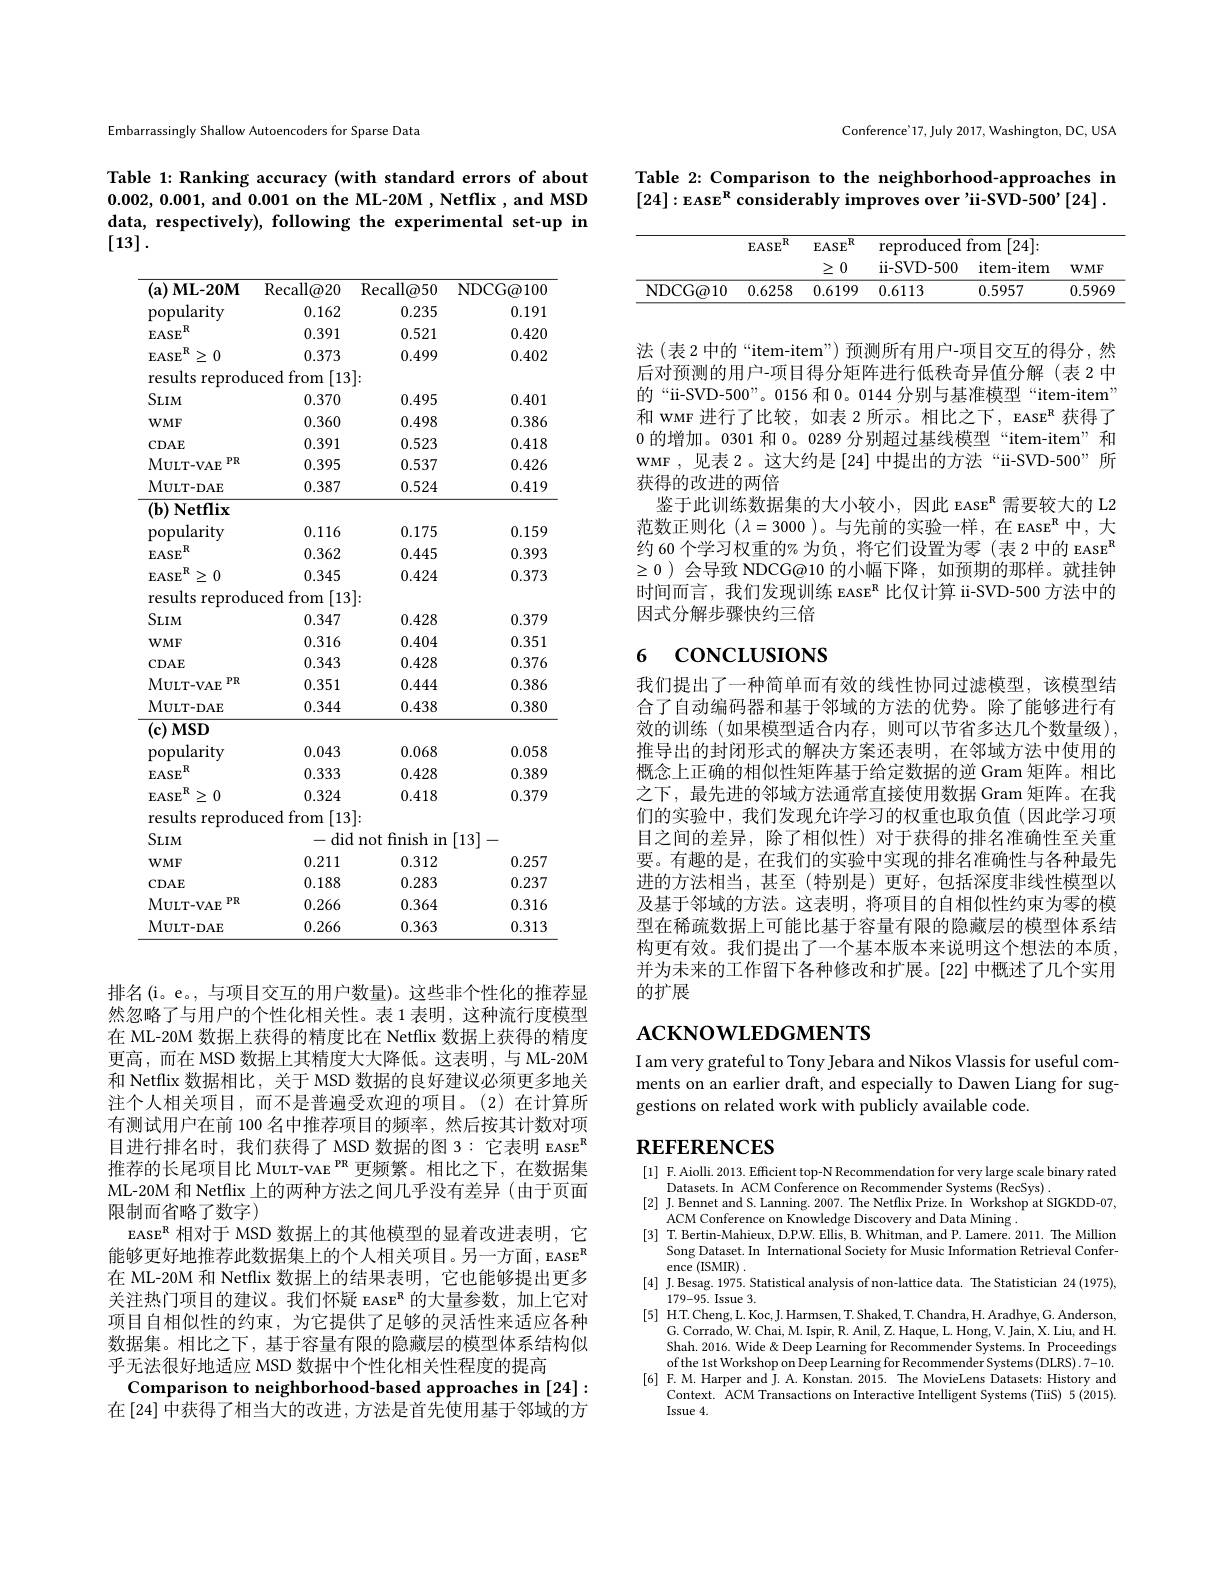
Embarrassingly Shallow Autoencoders for Sparse Data

Table 1: Ranking accuracy (with standard errors of about 0.002,0.001, and 0.001 on the ML-20M , Netflix , and MSD data, respectively), following the experimental set-up in [13].

<table>
	<tbody>
		<tr>
			<th>$( \mathbf{a} )$ $\Gamma$ $\mathbf{ML-20M}$</th>
			<th>$\operatorname{Recall@20}$</th>
			<th>$\operatorname{Recall@50}$</th>
			<th>NDCG@ 100</th>
		</tr>
		<tr>
			<td>popularity</td>
			<td>0.162</td>
			<td>0.235</td>
			<td>0.191</td>
		</tr>
		<tr>
			<td>$.\mathbf{R}$ $EASE$</td>
			<td>0.391</td>
			<td>0.521</td>
			<td>0.420</td>
		</tr>
		<tr>
			<td>$,\mathbf{R}$ $\geq0$ $EASE$</td>
			<td>0.373</td>
			<td>0.499</td>
			<td>0.402</td>
		</tr>
		<tr>
			<td>results s reprod</td>
			<td>from [13 uced</td>
			<td> </td>
			<td> </td>
		</tr>
		<tr>
			<td>$SLIM$</td>
			<td>0.370</td>
			<td>0.495</td>
			<td>0.401</td>
		</tr>
		<tr>
			<td>$WMF$</td>
			<td>0.360</td>
			<td>0.498</td>
			<td>0.386</td>
		</tr>
		<tr>
			<td>CDAE</td>
			<td>0.391</td>
			<td>0.523</td>
			<td>0.418</td>
		</tr>
		<tr>
			<td>$PR$ MULT- VAE</td>
			<td>0.395</td>
			<td>0.537</td>
			<td>0.426</td>
		</tr>
		<tr>
			<td>MULT- DAE</td>
			<td>0.387</td>
			<td>0.524</td>
			<td>0.419</td>
		</tr>
		<tr>
			<td>$(\mathbf{b})$ $\mathbf{Netflix}$ 1</td>
			<td> </td>
			<td> </td>
			<td> </td>
		</tr>
		<tr>
			<td>popularity</td>
			<td>0.116</td>
			<td>0.175</td>
			<td>0.159</td>
		</tr>
		<tr>
			<td>$\mathrm{EASE}^{n}$</td>
			<td>0.362</td>
			<td>0.445</td>
			<td>0.393</td>
		</tr>
		<tr>
			<td>$\geq0$ $\mathrm{EASE}^{n}$</td>
			<td>0.345</td>
			<td>0.424</td>
			<td>0.373</td>
		</tr>
		<tr>
			<td>results s reprod</td>
			<td>from [13 uced</td>
			<td> </td>
			<td> </td>
		</tr>
		<tr>
			<td>$SLIM$</td>
			<td>0.347</td>
			<td>0.428</td>
			<td>0.379</td>
		</tr>
		<tr>
			<td>$\partial LIM$</td>
			<td>0.04/</td>
			<td>$0.4L0$</td>
			<td>117 11</td>
		</tr>
		<tr>
			<td>$WMF$</td>
			<td>0.316</td>
			<td>0.404</td>
			<td>0.351</td>
		</tr>
		<tr>
			<td>CDAE</td>
			<td>0.343</td>
			<td>0.428</td>
			<td>0.376</td>
		</tr>
		<tr>
			<td>MULT- VAE $PR$</td>
			<td>0.351</td>
			<td>0.444</td>
			<td>0.386</td>
		</tr>
		<tr>
			<td>MULT- DAE</td>
			<td>0.344</td>
			<td>0.438</td>
			<td>0.380</td>
		</tr>
		<tr>
			<td>$(\mathbf{c})$ $MSD$</td>
			<td> </td>
			<td> </td>
			<td> </td>
		</tr>
		<tr>
			<td>popularity</td>
			<td>0.043</td>
			<td>0.068</td>
			<td>0.058</td>
		</tr>
		<tr>
			<td>$.\mathbf{R}$ $\mathbf{EASE}$</td>
			<td>0.333</td>
			<td>0.428</td>
			<td>0.389</td>
		</tr>
		<tr>
			<td>$\mathrm{EASE}^{n}$ $\geq0$</td>
			<td>0.324</td>
			<td>0.418</td>
			<td>0.379</td>
		</tr>
		<tr>
			<td>results s reprod</td>
			<td>from [13 uced</td>
			<td> </td>
			<td> </td>
		</tr>
		<tr>
			<td>$SLIM$</td>
			<td>did -</td>
			<td>finish not in</td>
			<td>[13] 一</td>
		</tr>
		<tr>
			<td>$WMF$</td>
			<td>0.211</td>
			<td>0.312</td>
			<td>0.257</td>
		</tr>
		<tr>
			<td>CDAE</td>
			<td>0.188</td>
			<td>0.283</td>
			<td>0.237</td>
		</tr>
		<tr>
			<td>MULT- VAE $PR$</td>
			<td>0.266</td>
			<td>0.364</td>
			<td>0.316</td>
		</tr>
		<tr>
			<td>MULT- DAE</td>
			<td>0.266</td>
			<td>0.363</td>
			<td>0.313</td>
		</tr>
	</tbody>
</table>

排名(i。e。, 与项目交互的用户数量)。这些非个性化的推荐显然忽略了与用户的个性化相关性。表 1 表明，这种流行度模型在 ML-20M 数据上获得的精度比在 Netflix 数据上获得的精度更高，而在 MSD 数据上其精度大大降低。这表明，与 ML-20M 和 Netflix 数据相比，关于 MSD 数据的良好建议必须更多地关注个人相关项目，而不是普遍受欢迎的项目。(2)在计算所有测试用户在前 100 名中推荐项目的频率，然后按其计数对项目进行排名时，我们获得了 MSD 数据的图 3: 它表明 EASE$^{\mathrm{R}}$ 推荐的长尾项目比 MULT-VAE $^\mathrm{PR}$更频繁。相比之下，在数据集ML-20M 和 Netflix 上的两种方法之间几乎没有差异 (由于页面限制而省略了数字)
EASE$^{\mathrm{R}}$相对于 MSD 数据上的其他模型的显着改进表明，它能够更好地推荐此数据集上的个人相关项目。另一方面，EASE$^{\mathrm{R}}$ 在 ML-20M 和 Netflix 数据上的结果表明，它也能够提出更多关注热门项目的建议。我们怀疑 EASE$^{\mathrm{R}}$的大量参数，加上它对项目自相似性的约束，为它提供了足够的灵活性来适应各种数据集。相比之下，基于容量有限的隐藏层的模型体系结构似乎无法很好地适应 MSD 数据中个性化相关性程度的提高
Comparison to neighborhood-based approaches in [24]: 在$\left[24\right]$中获得了相当大的改进，方法是首先使用基于邻域的方

Conference'17, July 2017, Washington, DC, USA

Table 2: Comparison to the neighborhood-approaches in [24]:EASE$^\text{R considerably improves over 'ii-SVD-500'[24]}.$

<table>
	<tbody>
		<tr>
			<th> </th>
			<th rowspan="2">$.\mathbf{R}$ $EASE$</th>
			<th rowspan="2">$EASE^{R}$ 0 $\geq$ 1</th>
			<th>reproduced</th>
			<th>from [24]:</th>
			<th> </th>
		</tr>
		<tr>
			<th> </th>
			<th>ii- SVD- 500</th>
			<th>item- item</th>
			<th>$WMF$</th>
		</tr>
		<tr>
			<td>NDCG@ 10</td>
			<td>0.6258</td>
			<td>0.6199</td>
			<td>0.6113</td>
			<td>0.5957</td>
			<td>0.5969</td>
		</tr>
	</tbody>
</table>

法(表 2 中的“item-item”) 预测所有用户-项目交互的得分，然后对预测的用户-项目得分矩阵进行低秩奇异值分解(表 2 中的“ii-SVD-500”。0156 和0。0144 分别与基准模型“item-item” 和 wMF 进行了比较，如表 2 所示。相比之下，EASE$^\mathrm{R}$获得了0 的增加。0301 和0。0289 分别超过基线模型“item-item”和WMF ,见表 2。这大约是 [24] 中提出的方法“ii-SVD-500”所获得的改进的两倍
鉴于此训练数据集的大小较小，因此 EASE$^{\mathrm{R}}$需要较大的 L2范数正则化$(\lambda=3000$ )。与先前的实验一样，在 EASE$^\mathrm{R}$中，大约 60 个学习权重的% 为负，将它们设置为零 (表 2 中的 EASE$^{\mathrm{R}}$ $\geq0$ )会导致 NDCG@10 的小幅下降，如预期的那样。就挂钟时间而言，我们发现训练 EAsE$^{\mathrm{R}}$比仅计算 ii-SVD-500 方法中的因式分解步骤快约三倍

# 6 concLusıons

我们提出了一种简单而有效的线性协同过滤模型，该模型结合了自动编码器和基于邻域的方法的优势。除了能够进行有效的训练(如果模型适合内存，则可以节省多达几个数量级), 推导出的封闭形式的解决方案还表明，在邻域方法中使用的概念上正确的相似性矩阵基于给定数据的逆 Gram 矩阵。相比之下，最先进的邻域方法通常直接使用数据 Gram 矩阵。在我们的实验中，我们发现允许学习的权重也取负值(因此学习项目之间的差异，除了相似性)对于获得的排名准确性至关重要。有趣的是，在我们的实验中实现的排名准确性与各种最先进的方法相当，甚至(特别是)更好，包括深度非线性模型以及基于邻域的方法。这表明，将项目的自相似性约束为零的模型在稀疏数据上可能比基于容量有限的隐藏层的模型体系结构更有效。我们提出了一个基本版本来说明这个想法的本质， 并为未来的工作留下各种修改和扩展。[22] 中概述了几个实用的扩展

# $\textbf{ACKNOWLEDGMENTS}$

I am very grateful to Tony Jebara and Nikos Vlassis for useful comments on an earlier draft, and especially to Dawen Liang for suggestions on related work with publicly available code.

# $\textbf{REFERENCES}$

[1] F. Aiolli. 2013. Efficient top-N Recommendation for very large scale binary rated Datasets. In ACM Conference on Recommender Systems ( RecSys) . [2]J. Bennet and S. Lanning. 2007. The Netflix Prize. In Workshop at SIGKDD- 07,
ACM Conference on Knowledge Discovery and Data Mining .
[3] T. Bertin-Mahieux, D.P.W. Ellis, B. Whitman, and P. Lamere. 2011. The Million
Song Dataset. In International Society for Music Information Retrieval Confer-
ence (ISMIR)
[4] J.Besag. 1975. Statistical analysis of non-lattice data. The Statistician 24 (1975),
179-95. Issue 3.
[5] H.T.Cheng,L.Koc,J.Harmsen,T.Shaked,T.Chandra,H.Aradhye,G.Anderson,
G. Corrado, W. Chai, M. Ispir, R. Anil, Z. Haque, L. Hong, V. Jain, X. Liu, and H. Shah. 2016. Wide & Deep Learning for Recommender Systems. In Proceedings ofthe 1st Workshop on Deep Learning for Recommender Systems (DLRS) .7-10.
[6] F.M. Harper and J. A. Konstan. 2015. The MovieLens Datasets: History and
Context. ACM Transactions on Interactive Intelligent Systems (TiiS) 5 (2015).
Issue 4.